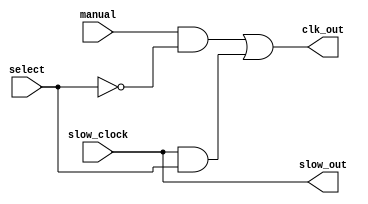
module clock_gen(
manual, slow_clock, select, clk_out, slow_out);

input manual, slow_clock, select;
output clk_out, slow_out;

wire manual, slow_clock;
wire select, not_select;
wire source1, source2;

not n1( not_select, select );

and a1 (source1, manual, not_select);
and a2 (source2, slow_clock, select);

or o1(clk_out, source1, source2);

assign slow_out = slow_clock;

endmodule